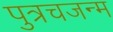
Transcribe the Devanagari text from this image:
पुत्रचजन्म